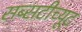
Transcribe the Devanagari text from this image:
सब्सटीच्यूट